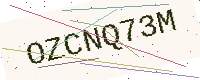
Text: OZCNQ73M